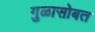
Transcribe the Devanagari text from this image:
गुळासोबत